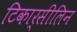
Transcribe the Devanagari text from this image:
टिकार्सीलिन